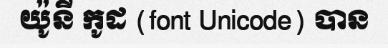
យ៉ូនី កូដ (font Unicode) បាន